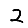
Digit: 2